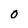
Character: o